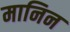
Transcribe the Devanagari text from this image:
मानिन